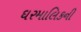
ઘરમાલિકની